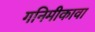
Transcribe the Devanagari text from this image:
गनिमीकावा